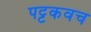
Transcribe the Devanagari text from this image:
पट्टकवच